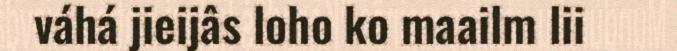
váhá jieijâs loho ko maailm lii